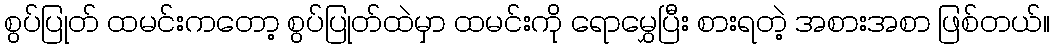
စွပ်ပြုတ် ထမင်းကတော့ စွပ်ပြုတ်ထဲမှာ ထမင်းကို ရောမွှေပြီး စားရတဲ့ အစားအစာ ဖြစ်တယ်။